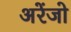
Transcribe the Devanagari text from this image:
अरेंजो